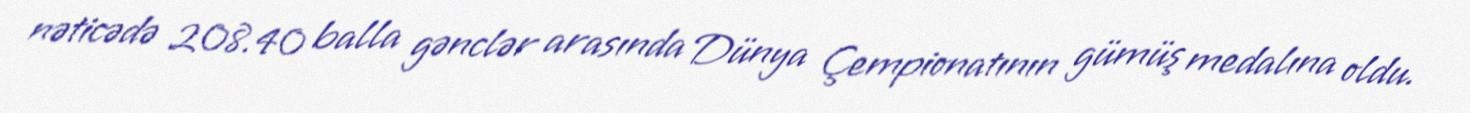
nəticədə 208.40 balla gənclər arasında Dünya Çempionatının gümüş medalına oldu.